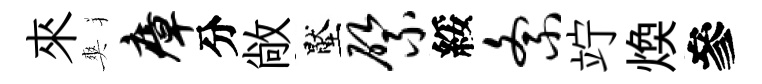
來爽瘴分敞壓綮綏紊竚焕參